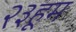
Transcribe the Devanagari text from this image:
२३हूम